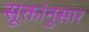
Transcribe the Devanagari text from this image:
सूक्तांनुसार